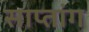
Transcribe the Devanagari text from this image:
साप्तांग